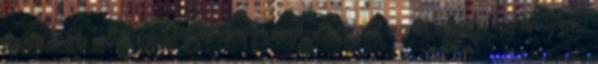
az új stáb által választott-kért-meghatározott nevet, amely így hangzik: